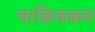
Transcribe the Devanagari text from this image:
चाक्रिकक्रम